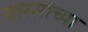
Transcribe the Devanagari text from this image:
वारसांच्या